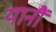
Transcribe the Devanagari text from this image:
यानौं